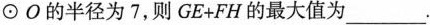
\odotО的半径为7，则GE+FH的最大值为___.